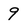
Character: 9